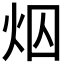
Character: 𪸜